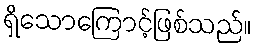
ရှိသောကြောင့်ဖြစ်သည်။